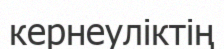
кернеуліктің